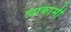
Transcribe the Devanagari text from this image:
त्याकामी